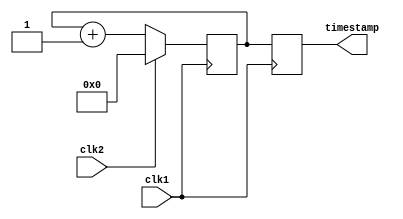
module time_stamp_timer (
    input wire clk1, // main clock signal
    input wire clk2, // external event signal
    output reg [31:0] timestamp // timestamp value stored in a 32-bit register
);

reg [31:0] counter; // high-resolution timer counting clock cycles

always @(posedge clk1) begin
    if (clk2 == 1'b1) begin
        counter <= 32'd0; // start counting from zero on external event trigger
    end else begin
        counter <= counter + 1; // increment counter on each main clock cycle
    end
end

always @(posedge clk1) begin
    timestamp <= counter; // store the timestamp value in register on main clock edge
end

endmodule